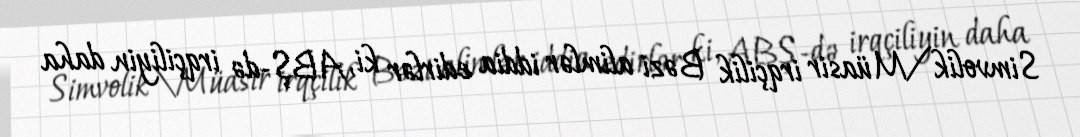
Simvolik\Müasir irqçilik Bəzi alimlər iddia edirlər ki, ABŞ-də irqçiliyin daha